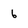
Character: 6